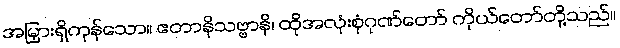
အမြှားရှိကုန်သော။ ဧတာနိသဗ္ဗာနိ၊ ထိုအလုံးစုံဂုဏ်တော် ကိုယ်တော်တို့သည်။